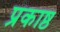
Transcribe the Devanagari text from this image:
प्रकाष्ठ